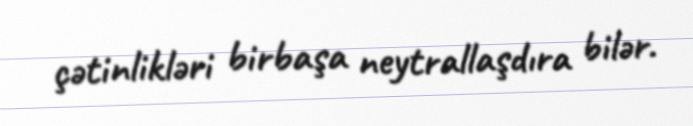
çətinlikləri birbaşa neytrallaşdıra bilər.